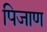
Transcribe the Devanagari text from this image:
पिजाण